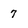
Character: 7